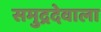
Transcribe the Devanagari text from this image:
समुद्रदेवाला